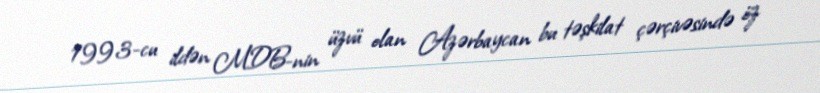
1993-cu ildən MDB-nin üzvü olan Azərbaycan bu təşkilat çərçivəsində öz